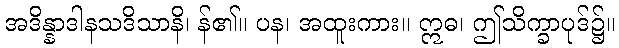
အဒိန္နာဒါနသဒိသာနိ၊ န်၏။ ပန၊ အထူးကား။ ဣဓ၊ ဤသိက္ခာပုဒ်၌။